Indian Civil Veterinary Department memoirs
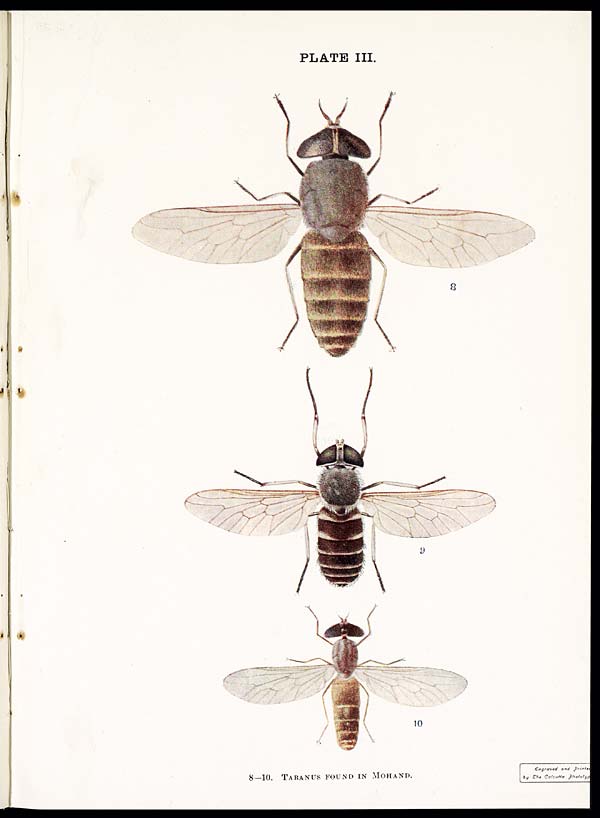
PLATE III.
8—10. TABANUS FOUND IN MOHAND.